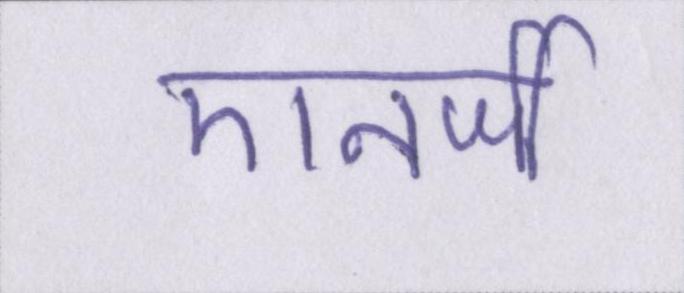
एनर्जी